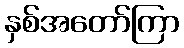
နှစ်အတော်ကြာ